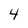
Character: 4